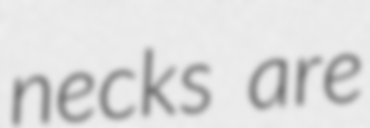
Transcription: necks are